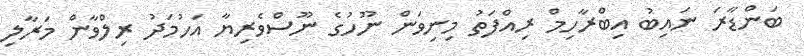
ބަންޑާރަ ނައިބު އިބްރާހިމް ރިއްފަތު މިނިވަން ނޫހުގެ ނޫސްވެރިޔާ އަހުމަދު ރިލްވާން މަރާލި